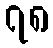
၇၈